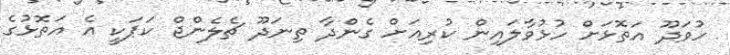
ހުވަދޫ އަތޮޅަށް ހުޅުވާލައިން ކުރިއަށް ގެންދާ ތިނަދޫ ޗެލެންޖް ކަޕަކީ އެ އަތޮޅުގެ